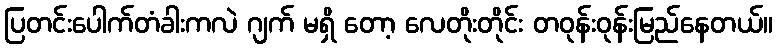
ပြတင်းပေါက်တံခါးကလဲ ဂျက် မရှိ တော့ လေတိုးတိုင်း တဝုန်းဝုန်းမြည်နေတယ်။